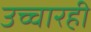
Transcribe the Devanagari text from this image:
उच्चारही